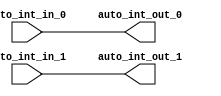
module IntXbar(
  input   auto_int_in_0,
  input   auto_int_in_1,
  output  auto_int_out_0,
  output  auto_int_out_1
);
  assign auto_int_out_0 = auto_int_in_0; // @[Nodes.scala 1216:84 LazyModule.scala 312:16]
  assign auto_int_out_1 = auto_int_in_1; // @[Nodes.scala 1216:84 LazyModule.scala 312:16]
endmodule